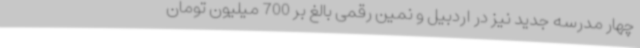
چهار مدرسه جدید نیز در اردبیل و نمین رقمی بالغ بر 700 میلیون تومان